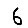
Digit: 6